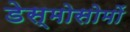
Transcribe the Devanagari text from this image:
डेस्मोसोमों